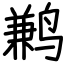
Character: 鹣